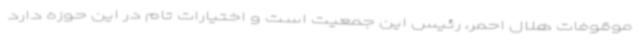
موقوفات هلال احمر، رئیس این جمعیت است و اختیارات تام در این حوزه دارد